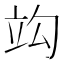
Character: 𥩞